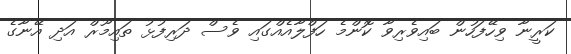
ކަރީނާ ވިހޭފަހުން ބައިވެރިވާ ކޮންމެ ހަފްލާއެއްގައި ވެސް ދަރިފުޅު ތައިމޫރް އަދި އޭނާގެ